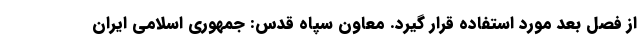
از فصل بعد مورد استفاده قرار گیرد. معاون سپاه قدس: جمهوری اسلامی ایران